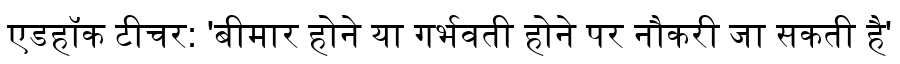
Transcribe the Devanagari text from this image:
एडहॉक टीचर: 'बीमार होने या गर्भवती होने पर नौकरी जा सकती है'